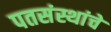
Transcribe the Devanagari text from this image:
पतसंस्थांचे